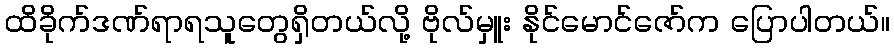
ထိခိုက်ဒဏ်ရာရသူတွေရှိတယ်လို့ ဗိုလ်မှူး နိုင်မောင်ဇော်က ပြောပါတယ်။